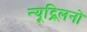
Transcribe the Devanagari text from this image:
न्यूट्र्लिनो